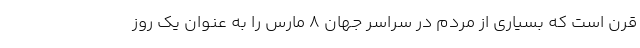
قرن است که بسیاری از مردم در سراسر جهان 8 مارس را به عنوان یک روز